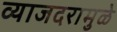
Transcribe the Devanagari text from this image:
व्याजदरामुळे